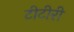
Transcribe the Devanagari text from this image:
टीटीरी